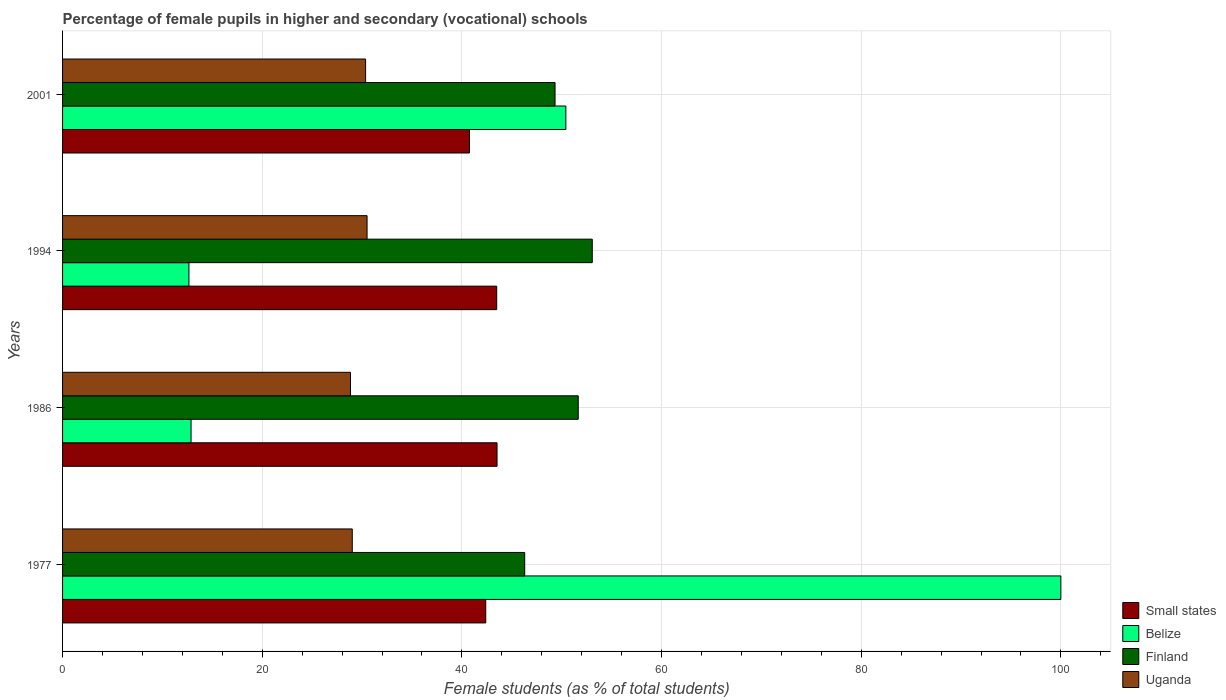
| Years | Small states | Belize | Finland | Uganda |
 | --- | --- | --- | --- | --- |
 | 1977 | 42.4 | 100 | 46.3 | 29 |
 | 1986 | 43.5 | 12.9 | 51.7 | 28.8 |
 | 1994 | 43.5 | 12.7 | 53.1 | 30.5 |
 | 2001 | 40.8 | 50.4 | 49.3 | 30.4 |